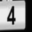
Digit: 4